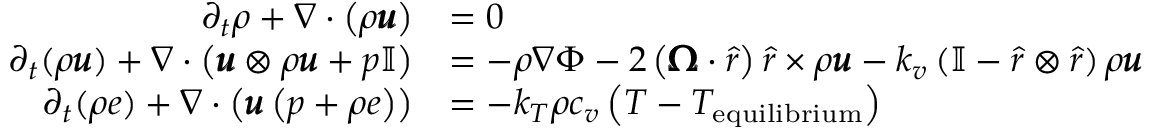
\begin{array} { r l } { \partial _ { t } \rho + \nabla \cdot \left( \rho \pmb { u } \right) } & { = 0 } \\ { \partial _ { t } ( \rho \pmb { u } ) + \nabla \cdot \left( \pmb { u } \otimes \rho \pmb { u } + p \mathbb { I } \right) } & { = - \rho \nabla \Phi - 2 \left( \pmb { \Omega } \cdot \hat { r } \right) \hat { r } \times \rho \pmb { u } - k _ { v } \left( \mathbb { I } - \hat { r } \otimes \hat { r } \right) \rho \pmb { u } } \\ { \partial _ { t } ( \rho e ) + \nabla \cdot \left( \pmb { u } \left( p + \rho e \right) \right) } & { = - k _ { T } \rho c _ { v } \left( T - T _ { \mathrm { e q u i l i b r i u m } } \right) } \end{array}